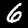
Label: 6